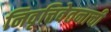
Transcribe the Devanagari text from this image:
निवृत्तिवेतनाची